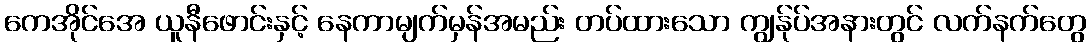
ကေအိုင်အေ ယူနီဖောင်းနှင့် နေကာမျက်မှန်အမည်း တပ်ထားသော ကျွန်ုပ်အနားတွင် လက်နက်တွေ